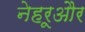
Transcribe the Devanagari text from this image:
नेहरूऔर